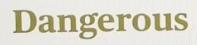
Dangerous